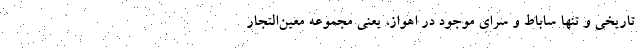
تاریخی و تنها ساباط و سرای موجود در اهواز، یعنی مجموعه معین‌التجار